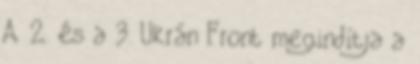
A 2. és a 3. Ukrán Front megindítja a